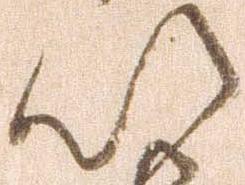
以